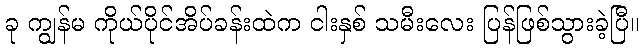
ခု ကျွန်မ ကိုယ်ပိုင်အိပ်ခန်းထဲက ငါးနှစ် သမီးလေး ပြန်ဖြစ်သွားခဲ့ပြီ။